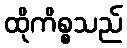
ထိုကိစ္စသည်